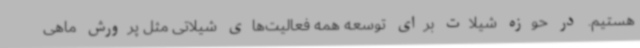
هستیم. در حوزه شیلات برای توسعه همه فعالیت‌های شیلاتی مثل پرورش ماهی